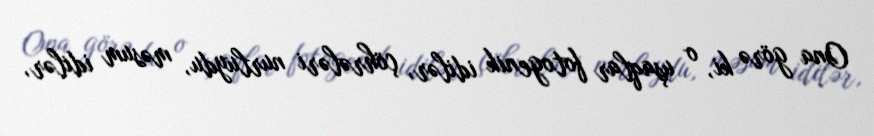
Ona görə ki, o uşaqlar fotogenik idilər, çöhrələri nurluydu, məsum idilər,